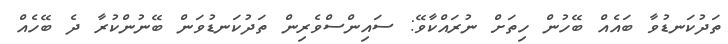
ތަދުކަނޑުވާ ބައެއް ބޭހުން ހިތަށް ނުރައްކާވޭ: ސައިންސްވެރިން ތަދުކަނޑުވަން ބޭނުންކުރާ ދެ ބޭހެއް